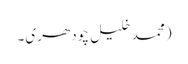
(محمد خلیل چودھری۔